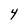
Character: 4